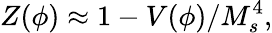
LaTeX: Z(\phi)\approx 1-V(\phi)/M_{s}^{4},